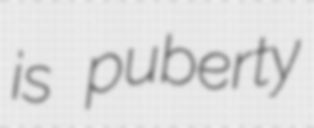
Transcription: is puberty